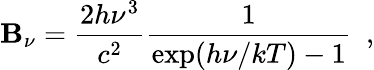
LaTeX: \mathbf{B}_{\nu}={\frac{{2h\nu^{3}}}{{c^{2}}}}{\frac{{1}}{{\exp(h\nu/kT)-1}}}\, \, \, ,